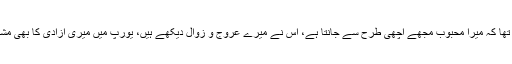
مجھے یقین تھا کہ میرا محبوب مجھے اچھی طرح سے جانتا ہے، اس نے میرے عروج و زوال دیکھے ہیں، یورپ میں میری آزادی کا بھی مشاہدہ کیا ہے۔